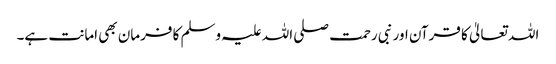
اللہ تعالیٰ کا قرآن اور نبی رحمت صلی اللہ علیہ وسلم کا فرمان بھی امانت ہے۔